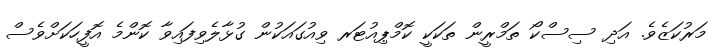
މަރުކަޒެވެ. އަދި ސިސްކޯ ތަމްރީން ތަކަކީ ކޮމްޕިއުޓަރ ވިއުގައަކުން ގުޅާލެވިފައިވާ ކޮންމެ އޮފީހަކަށްވެސް